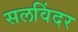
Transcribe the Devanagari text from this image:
सलविंदर